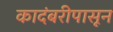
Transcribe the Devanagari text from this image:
कादंबरीपासून